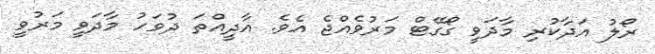
ރޯލު އަދާކުރި މާދަވީ ގޯގޭޓް މަރުވެއްޖެ އެވެ. އާދީއްތަ ދުވަހު މާދަވީ މަރުވީ